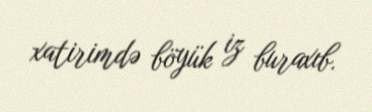
xatirimdə böyük iz buraxıb.